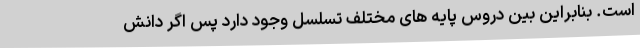
است. بنابراین بین دروس پایه‌ های مختلف تسلسل وجود دارد پس اگر دانش